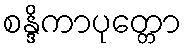
စန္ဒိကာပုတ္တော